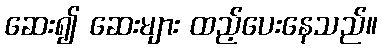
ဆေး၍ ဆေးများ ထည့်ပေးနေသည်။